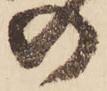
の